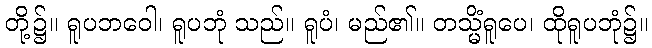
တို့၌။ ရူပဘဝေါ၊ ရူပဘုံ သည်။ ရူပံ၊ မည်၏။ တသ္မိံရူပေ၊ ထိုရူပဘုံ၌။